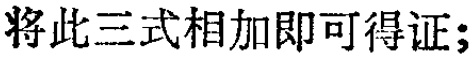
将此三式相加即可得证；